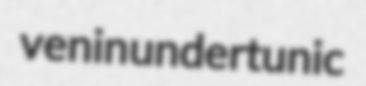
venin undertunic